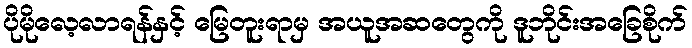
ပိုမိုလေ့လာရန်နှင့် မြေတူးရာမှ အယူအဆတွေကို ဒူဘိုင်းအခြေစိုက်